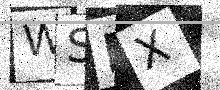
Text: WSEX